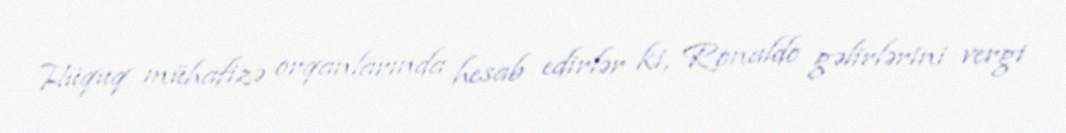
Hüquq mühafizə orqanlarında hesab edirlər ki, Ronaldo gəlirlərini vergi